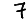
Digit: 7